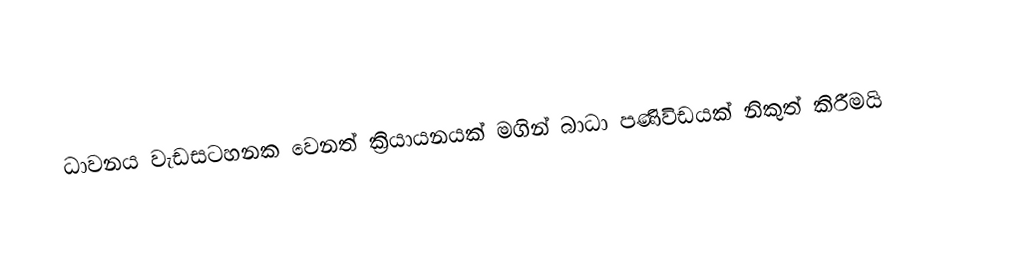
ධාවනය වැඩසටහනක වෙනත් ක්‍රියායනයක් මගින් බාධා පණිවිඩයක් නිකුත් කිරීමයි